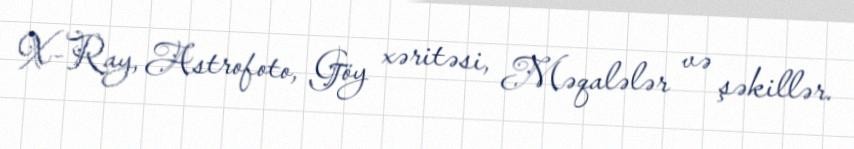
X-Ray, Astrofoto, Göy xəritəsi, Məqalələr və şəkillər.